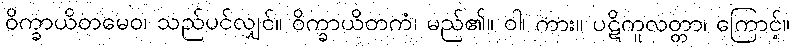
ဝိက္ခာယိတမေဝ၊ သည်ပင်လျှင်။ ဝိက္ခာယိတကံ၊ မည်၏။ ဝါ၊ ကား။ ပဋိကူလတ္တာ၊ ကြောင့်။